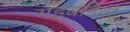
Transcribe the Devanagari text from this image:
गड़बडियों